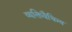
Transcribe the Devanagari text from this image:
व्यक्तिवैचित्र्य